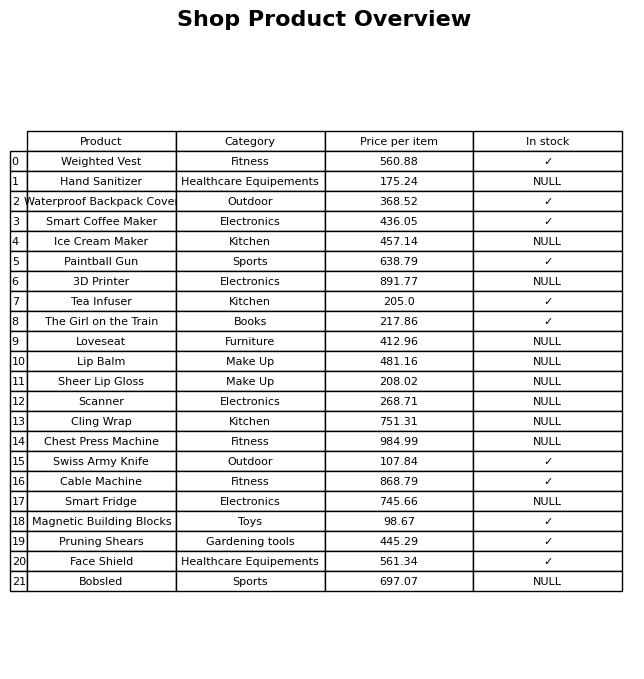
question: Is the Smart Fridge in stock?
answer: NULL